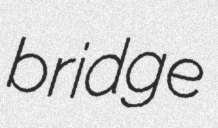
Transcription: bridge